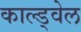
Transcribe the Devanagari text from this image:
काल्ड्वेल